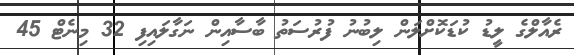
ރެއާލްގެ ލީޑު ކުޑަކޮށްލަން ލިބުނު ފުރުސަތު ބާސާއިން ނަގާލައިފި 32 މިނެޓް 45